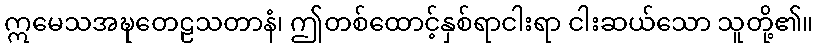
ဣမေသအဍ္ဎတေဠသတာနံ၊ ဤတစ်ထောင့်နှစ်ရာငါးရာ ငါးဆယ်သော သူတို့၏။